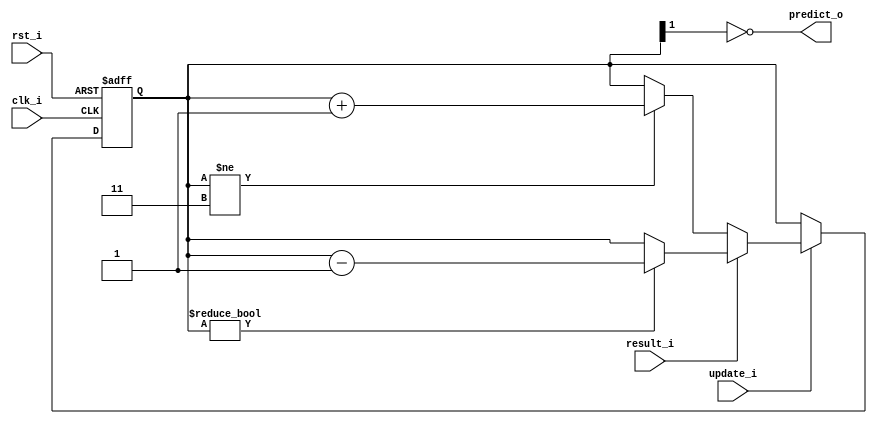
module branch_predictor
(
    clk_i, 
    rst_i,
    update_i,
	result_i,
	predict_o,
);

input clk_i, rst_i, update_i, result_i;
output predict_o;

// reg predict_o;
reg [1:0] state; //00 strongly taken, 01 weakly taken, 10, weakly non taken, 11 strongly non taken

assign predict_o = !state[1];

always@(posedge clk_i or posedge rst_i) begin
    if(rst_i) begin
        state <= 2'b00;
    end  
    else begin
        if(update_i)begin
            if(result_i)begin //taken
                if(state!=2'b00)begin
                    state <= state-1;
                end         
            end
            else begin //non taken
                if(state!=2'b11)begin
                    state <= state+1;
                end
            end
        end 
    end
end
endmodule